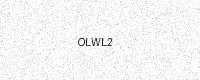
Text: OLWL2